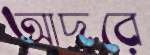
আদরে